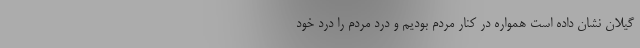
گیلان نشان داده است همواره در کنار مردم بودیم و درد مردم را درد خود